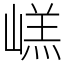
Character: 㟱